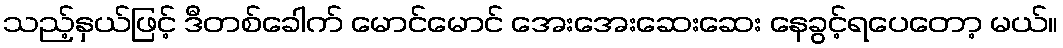
သည့်နှယ်ဖြင့် ဒီတစ်ခေါက် မောင်မောင် အေးအေးဆေးဆေး နေခွင့်ရပေတော့ မယ်။